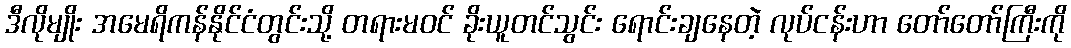
ဒီလိုမျိုး အမေရိကန်နိုင်ငံတွင်းသို့ တရားမဝင် ခိုးယူတင်သွင်း ရောင်းချနေတဲ့ လုပ်ငန်းဟာ တော်တော်ကြီးကို